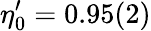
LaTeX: \eta_{0}^{\prime}=0.95(2)